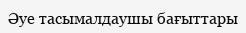
Әуе тасымалдаушы бағыттары